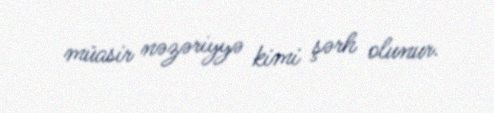
müasir nəzəriyyə kimi şərh olunur.